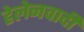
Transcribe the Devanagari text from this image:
हेलेनवादी